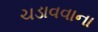
ચડાવવાના